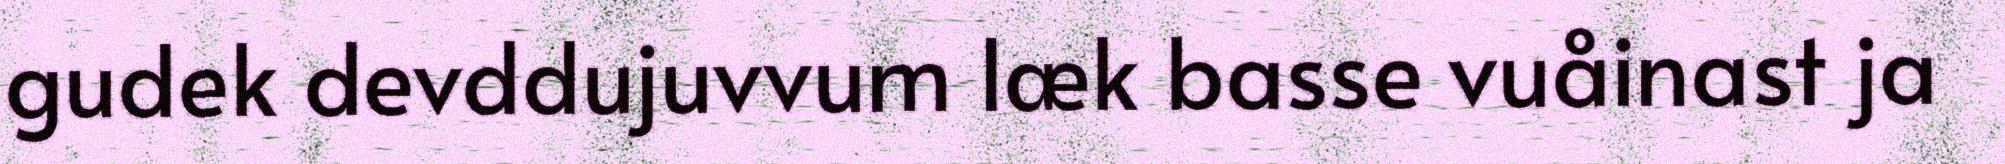
gudek devddujuvvum læk basse vuåinast ja